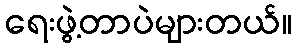
ရေးဖွဲ့တာပဲများတယ်။